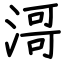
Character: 滒